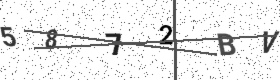
Text: 5872BV